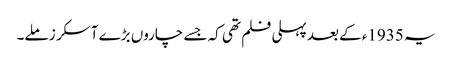
یہ 1935ء کے بعد پہلی فلم تھی کہ جسے چاروں بڑے آسکر ز ملے۔